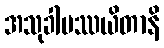
အသုခါပဿယိတာနိ